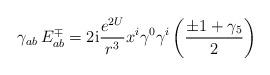
LaTeX: \begin{align*}\gamma_{ab}\, E^{\mp}_{ab}=2 \mbox{\rm i} {e^{2U}\over r^3}x^i\gamma^0\gamma^i\left(\pm 1+\gamma_5\over 2\right)\end{align*}